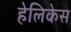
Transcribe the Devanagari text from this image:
हेलिकेस